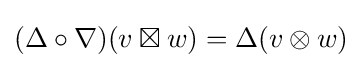
(\Delta \circ \nabla )(v\boxtimes w)=\Delta (v\otimes w)